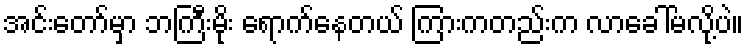
အင်းတော်မှာ ဘကြီးမိုး ရောက်နေတယ် ကြားကတည်းက လာခေါ်မလို့ပဲ။